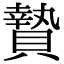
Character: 贄